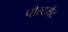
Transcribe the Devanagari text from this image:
पोस्टमैट